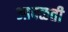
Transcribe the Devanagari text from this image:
आदळती